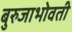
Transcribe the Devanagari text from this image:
बुरुजाभोवती